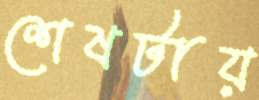
শেষটায়